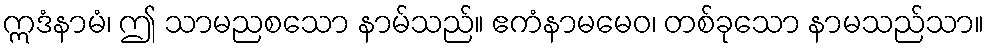
ဣဒံနာမံ၊ ဤ သာမညစသော နာမ်သည်။ ဧကံနာမမေဝ၊ တစ်ခုသော နာမသည်သာ။